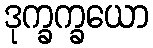
ဒုက္ခက္ခယော